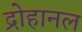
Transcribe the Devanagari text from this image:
द्रोहानल